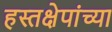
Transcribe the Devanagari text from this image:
हस्तक्षेपांच्या